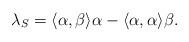
LaTeX: \begin{align*} \lambda_S = \langle \alpha,\beta \rangle \alpha -\langle \alpha ,\alpha\rangle \beta.\end{align*}